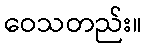
ဝေသတည်း။